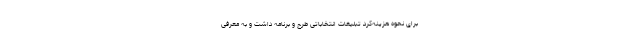
برای نحوه هزینه‌کرد تبلیغات انتخاباتی طرح و برنامه داشت و به معرفی